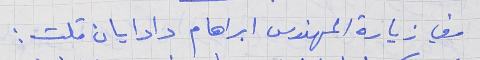
وفي زيارة المهندس ابراهام دادايان قلت :